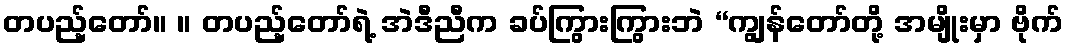
တပည့်တော်။ ။ တပည့်တော်ရဲ့ အဲဒီညီက ခပ်ကြွားကြွားဘဲ “ကျွန်တော်တို့ အမျိုးမှာ ဗိုက်